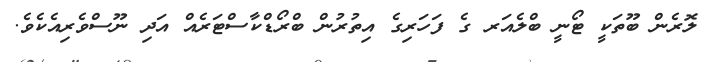
ލޮރެން ބޫތަކީ ޓޯނީ ބްލެއަރ ގެ ފަހަރިގެ އިތުރުން ބްރޯޑްކާސްޓަރެއް އަދި ނޫސްވެރިއެކެވެ.